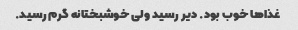
غذاها خوب بود. دیر رسید ولی خوشبختانه گرم رسید.